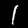
Digit: 1